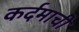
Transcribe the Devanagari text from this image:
कर्दमाची